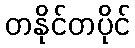
တနိုင်တပိုင်